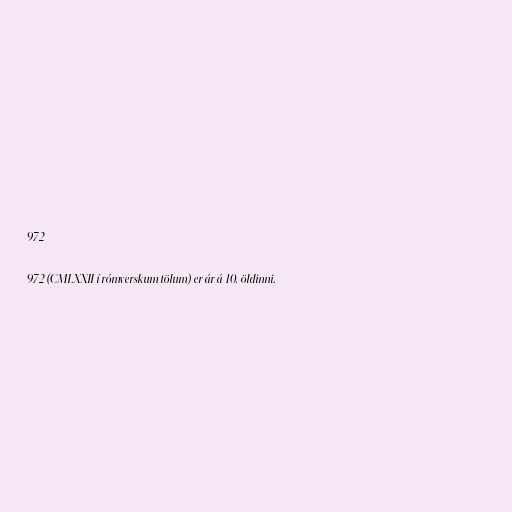
972

972 (CMLXXII í rómverskum tölum) er ár á 10. öldinni.